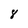
Character: 8